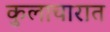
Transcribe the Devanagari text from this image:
कुलाचारात